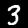
Label: 3